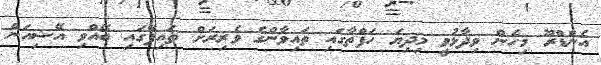
އެންޑްރޫ މިހެން ވިދާޅުވީ މިދިޔަ ހަފްތާގައި ތައިވާންގެ ވެރިރަށް ތައިޕޭގައި ބޭއްވި އޭޝިއަން